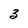
Character: 3